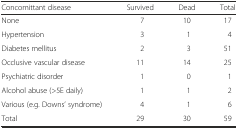
<table><thead><tr><td><b>Concomittant disease</b></td><td><b>Survived</b></td><td><b>Dead</b></td><td><b>Total</b></td></tr></thead><tbody><tr><td>None</td><td>7</td><td>10</td><td>17</td></tr><tr><td>Hypertension</td><td>3</td><td>1</td><td>4</td></tr><tr><td>Diabetes mellitus</td><td>2</td><td>3</td><td>51</td></tr><tr><td>Occlusive vascular disease</td><td>11</td><td>14</td><td>25</td></tr><tr><td>Psychiatric disorder</td><td>1</td><td>0</td><td>1</td></tr><tr><td>Alcohol abuse (&gt;5E daily)</td><td>1</td><td>1</td><td>2</td></tr><tr><td>Various (e.g. Downs’ syndrome)</td><td>4</td><td>1</td><td>6</td></tr><tr><td>Total</td><td>29</td><td>30</td><td>59</td></tr></tbody></table>